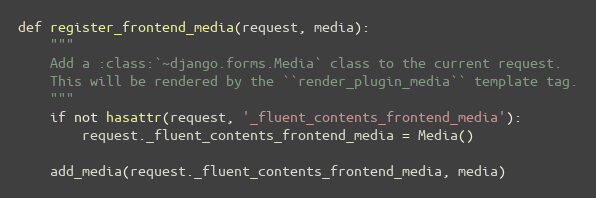
Language: Python
def register_frontend_media(request, media):
    """
    Add a :class:`~django.forms.Media` class to the current request.
    This will be rendered by the ``render_plugin_media`` template tag.
    """
    if not hasattr(request, '_fluent_contents_frontend_media'):
        request._fluent_contents_frontend_media = Media()

    add_media(request._fluent_contents_frontend_media, media)